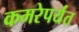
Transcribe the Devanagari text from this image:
कमरेपर्यंत